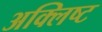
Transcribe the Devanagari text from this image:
अक्लिष्ट